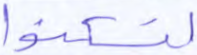
لتسكنوا